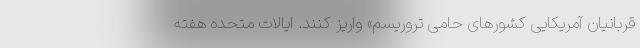
قربانیان آمریکایی کشورهای حامی تروریسم» واریز کنند. ایالات متحده هفتهٔ